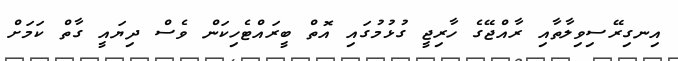
އިނގިރޭސިވިލާތާއި ރާއްޖޭގެ ހާރިޖީ ގުޅުމުގައި އޮތް ބީރައްޓެހިކަން ވެސް ދިޔައީ ގާތް ކަމަށް